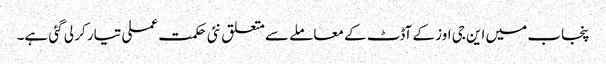
پنجاب میں این جی اوز کے آڈٹ کے معاملے سے متعلق نئی حکمت عملی تیار کر لی گئی ہے۔